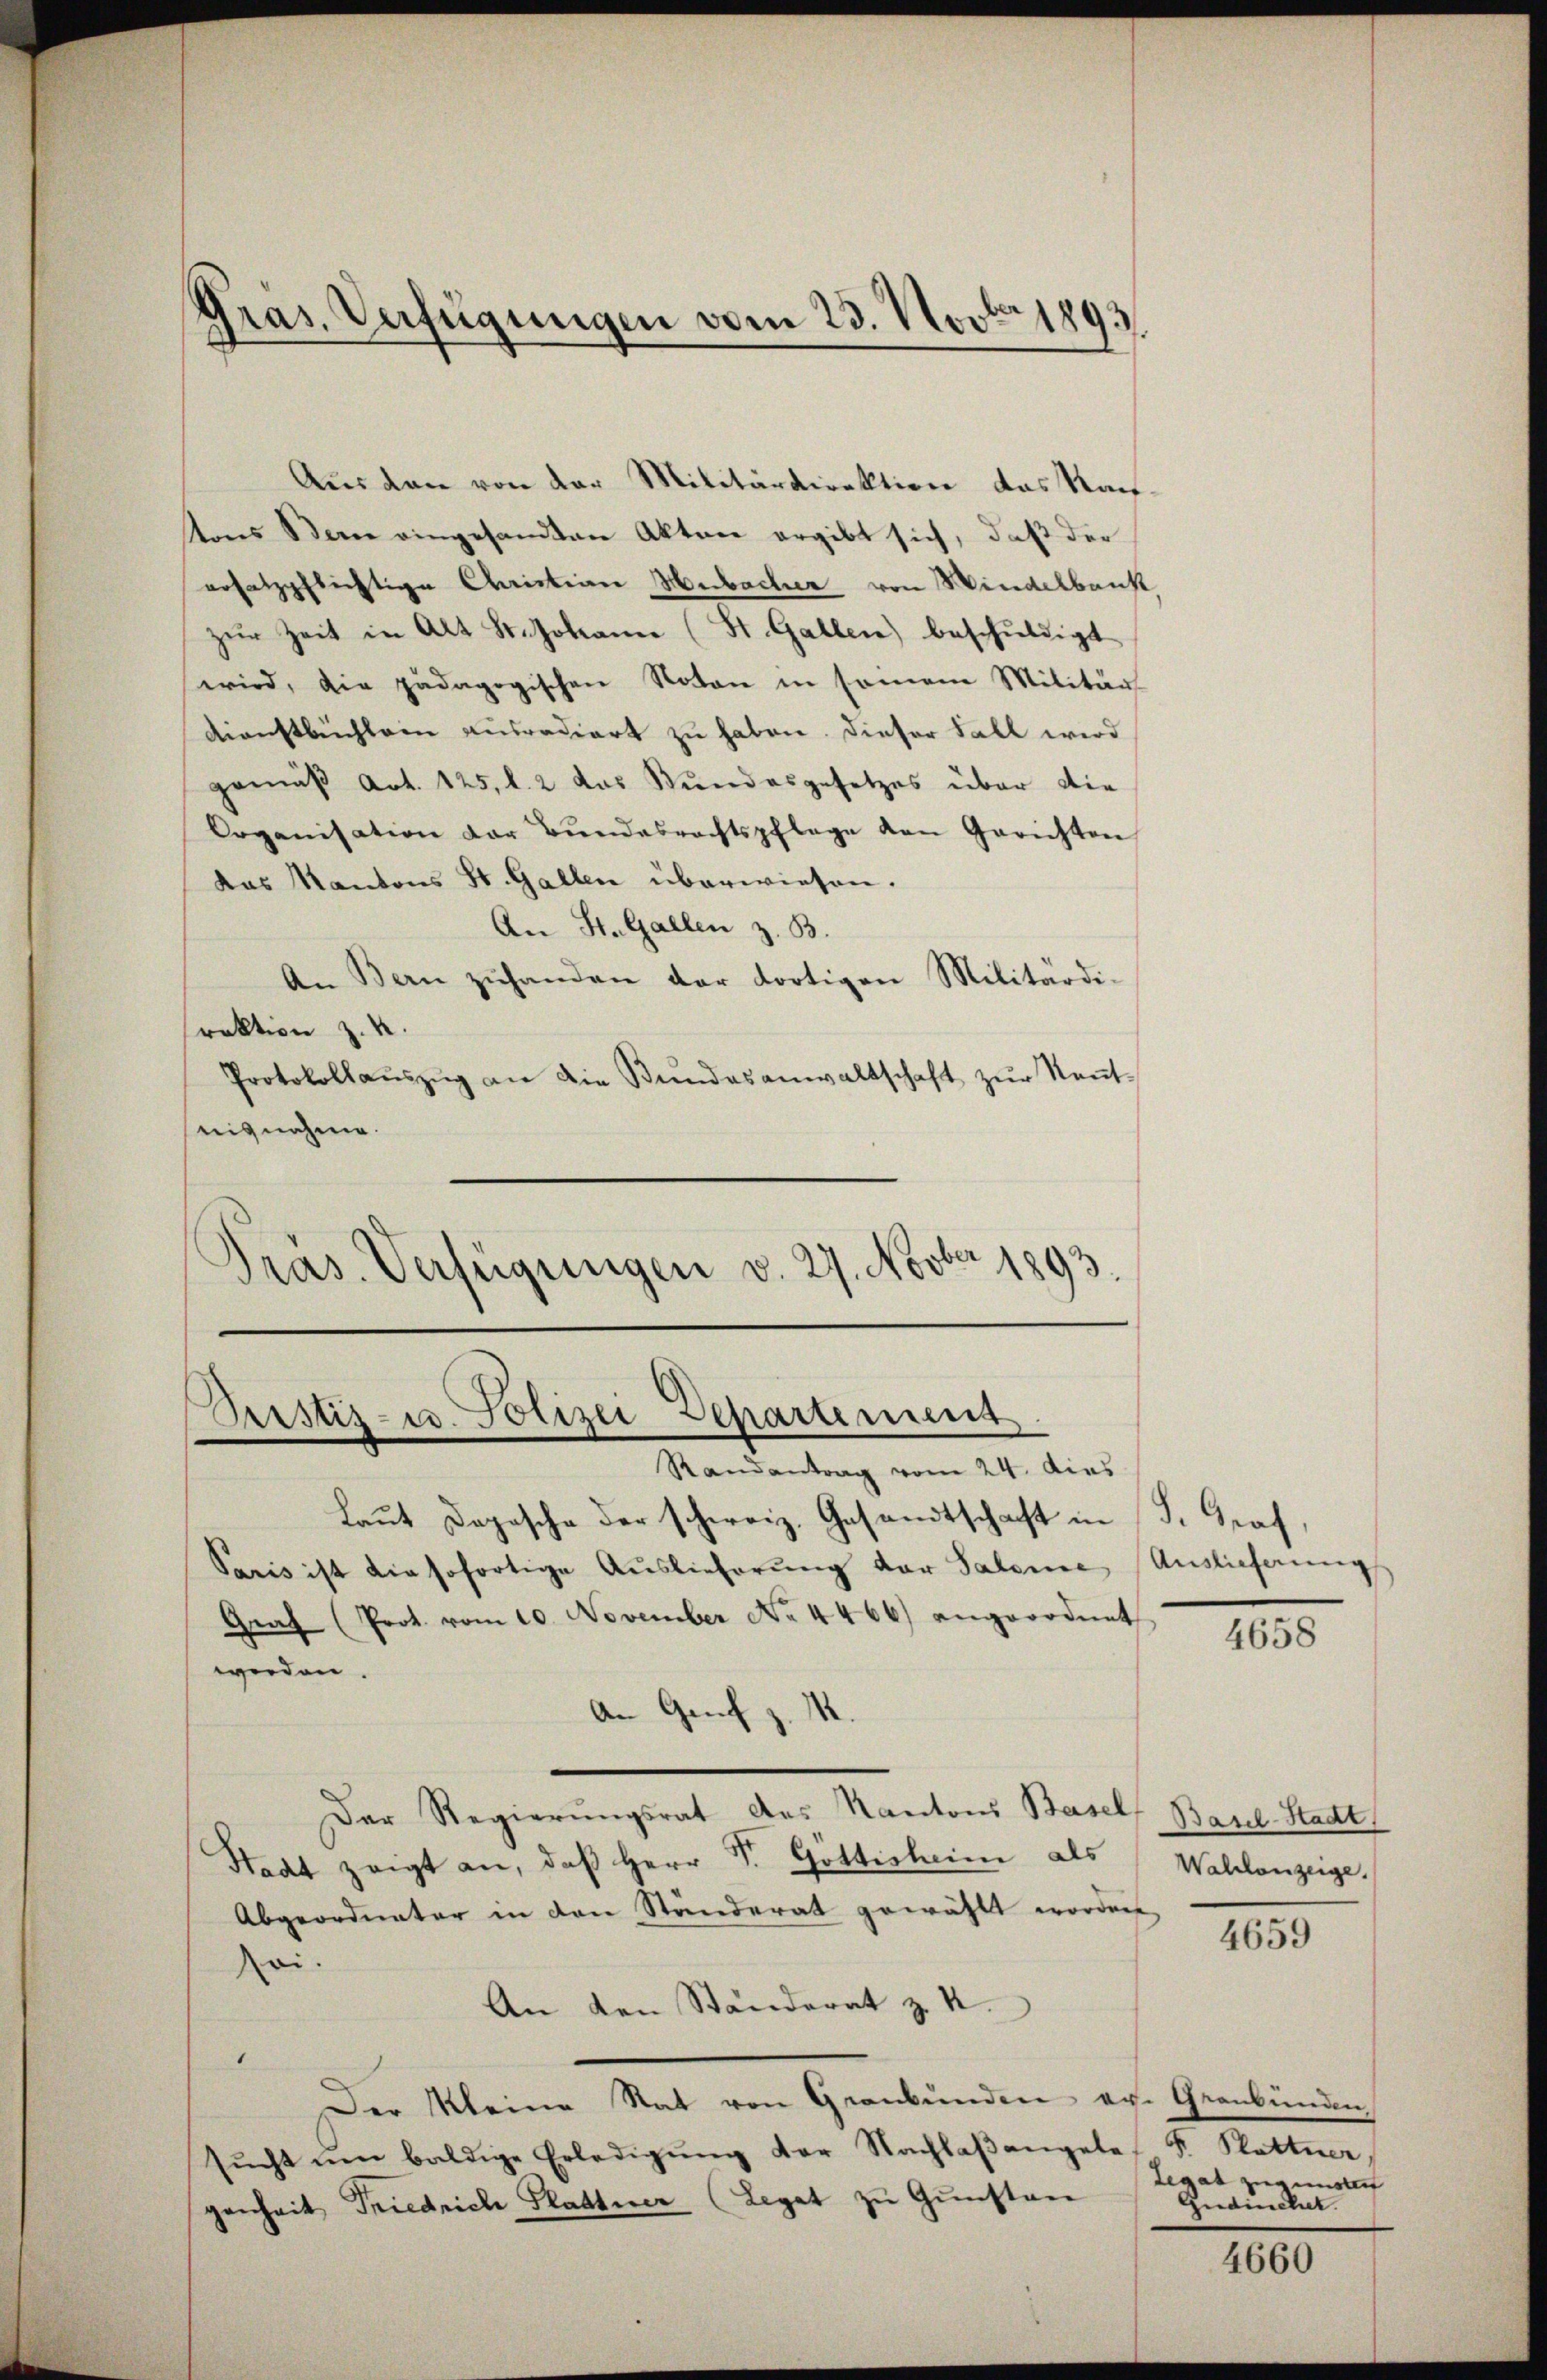
Gräs. Verfügungen vom 23. Novbr. 1893.

Aŭs den von der Militärdirektion das Nach-
tons Bern eingesandten Akten ergibt sich, daß der
ersatzpflichtige Christian Hebacher von Mindelbank
zŭr Zeit in Alt St. Johanne (St. Gallen) beschŭldigt
wird, die pädagogischen Noten in sonen Militärs
Dienstbüchlein ausradiert zu haben. Dieser Fall wird
gemäß Art. 125, l. 2 das Bundesgesetzes über die
Organisation der Bŭndesrechtspflege von Gerichten
Das Kantons St. Gallen überwiesen.
An St. Gallen z. B.
An Bern zŭhanden der dortigen Militärdi-
raktion z. B.
Protokollaŭszŭg an die Bŭndesanwaltschaft zŭr Keṅt-
signahme.
d
Pras. Verfügungen v. 29. Novber 1893.

Pustiz- u. Polizei Departement

Randantrag vom 24. dies
Laut Depesche der schweiz. Gesandtschaft in J. Graf
Paris ist die sofortige Auslieferŭng der Saleine Auslieferung
Graf (Prot. vom 10. November No. 4466) angeordnet
werden.
An Genf z. M.
Der Regierŭngsrat des Kantons Basels Basel-Stadt
Stadt zeigt an, daß Herr Dr. Göttishin als
Abgeordneter in den Ständerat gewählt worden.
ei.
An den Ständerat z. K.
Der Kleine Rat von Graubünden von Graubünden
sŭcht ŭm baldige Erledigŭng der Nachlaβangele F. Rattner
genheit Friedrich Plattner (Legat zu Gunstan

4658

Waldenzeige.

4659

Legat zugunsteh
Gudinchet.

4660